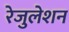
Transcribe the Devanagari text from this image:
रेजुलेशन